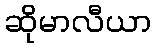
ဆိုမာလီယာ